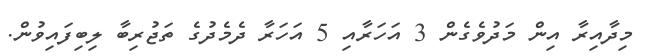
މިދާއިރާ އިން މަދުވެގެން 3 އަހަރާއި 5 އަހަރާ ދެމެދުގެ ތަޖުރިބާ ލިބިފައިވުން.